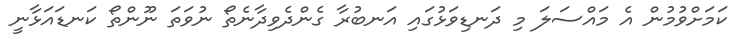
ކަމަށްވުމުން އެ މައްސަލަ މި ދަނޑިވަޅުގައި އަނބުރާ ގެންދެވިދާނެތޯ ނުވަތަ ނޫންތޯ ކަނޑައަޅާނީ